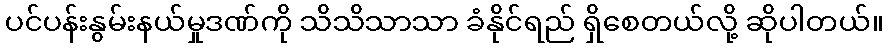
ပင်ပန်းနွမ်းနယ်မှုဒဏ်ကို သိသိသာသာ ခံနိုင်ရည် ရှိစေတယ်လို့ ဆိုပါတယ်။